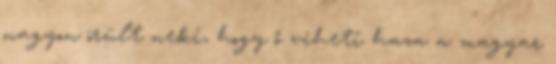
nagyon örült neki, hogy ő viheti haza a magyar